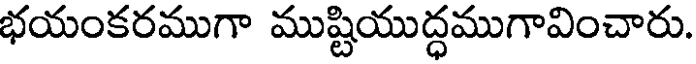
భయంకరముగా ముష్టియుద్ధముగావించారు.